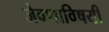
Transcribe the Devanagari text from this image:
जेवणाविषयी